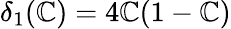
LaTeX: \displaystyle{\delta_{1}(\mathbb{C})=4\mathbb{C}(1-\mathbb{C})}